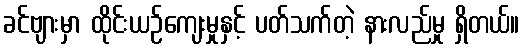
ခင်ဗျားမှာ ထိုင်းယဉ်ကျေးမှုနှင့် ပတ်သက်တဲ့ နားလည်မှု ရှိတယ်။